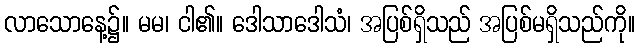
လာသောနေ့၌။ မမ၊ ငါ၏။ ဒေါသာဒေါသံ၊ အပြစ်ရှိသည် အပြစ်မရှိသည်ကို။